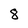
Character: 8